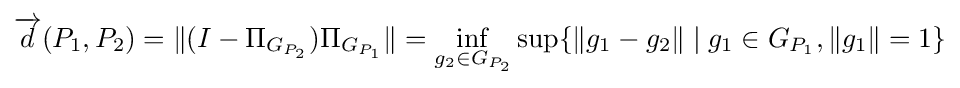
{\overrightarrow {d}}(P_{1},P_{2})=\|(I-\Pi _{G_{P_{2}}})\Pi _{G_{P_{1}}}\|=\inf _{g_{2}\in G_{P_{2}}}\sup\{\|g_{1}-g_{2}\|\mid g_{1}\in G_{P_{1}},\|g_{1}\|=1\}